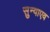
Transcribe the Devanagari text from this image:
सुन्याएव